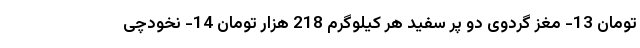
تومان 13- مغز گردوی دو پر سفید هر کیلوگرم 218 هزار تومان 14- نخودچی